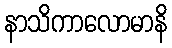
နာသိကာလောမာနိ